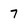
Character: 7